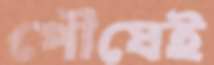
পৌষেই